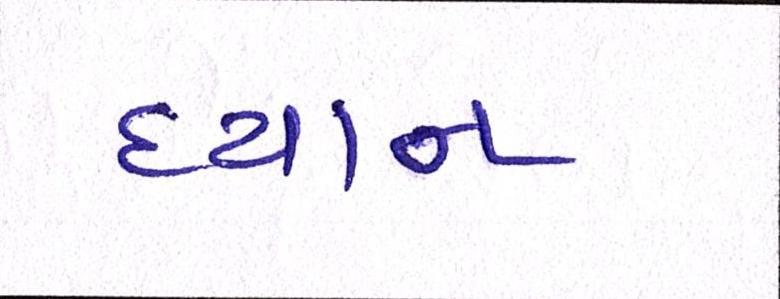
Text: ધ્યાન